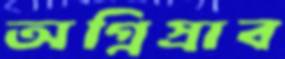
অগ্নিস্রাব